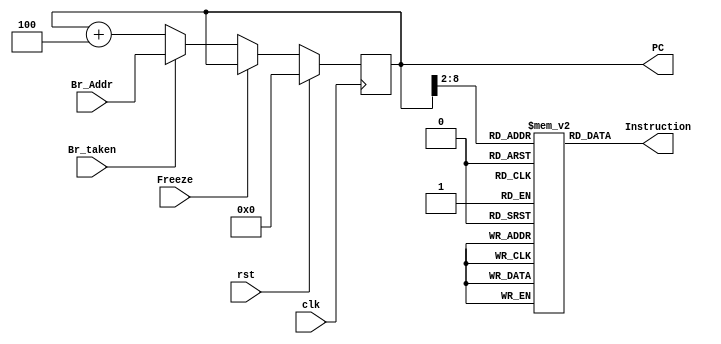
module IF_Stage(
	input clk,
	input rst,
	input Br_taken,
	input[31:0] Br_Addr,
	input Freeze,
	output[31:0] PC,
	output[31:0] Instruction
);

reg[31:0] pc;
reg[31:0] ROM[127:0];

initial begin
	ROM[0] <= 32'b10000000000000010000011000001010;
	ROM[1] <= 32'b00000100000000010001000000000000;
	ROM[2] <= 32'b00001100000000010001100000000000;
	ROM[3] <= 32'b00010100010000110010000000000000;
	ROM[4] <= 32'b10000100011001010001101000110100;
	ROM[5] <= 32'b00011000011001000010100000000000;
	ROM[6] <= 32'b00011100101000000011000000000000;
	ROM[7] <= 32'b00011100100000000101100000000000;
	ROM[8] <= 32'b00001100101001010010100000000000;
	ROM[9] <= 32'b10000000000000010000010000000000;
	ROM[10] <= 32'b10010100001000100000000000000000;
	ROM[11] <= 32'b10010000001001010000000000000000;
	ROM[12] <= 32'b10100000101000000000000000000001;
	ROM[13] <= 32'b00100000101000010011100000000000;
	ROM[14] <= 32'b00100000101000010000000000000000;
	ROM[15] <= 32'b00100100011010110011100000000000;
	ROM[16] <= 32'b00101000011010110100000000000000;
	ROM[17] <= 32'b00101100011001000100100000000000;
	ROM[18] <= 32'b00110000011001000101000000000000;
	ROM[19] <= 32'b10010100001000110000000000000100;
	ROM[20] <= 32'b10010100001001000000000000001000;
	ROM[21] <= 32'b10010100001001010000000000001100;
	ROM[22] <= 32'b10010100001001100000000000010000;
	ROM[23] <= 32'b10010000001010110000000000000100;
	ROM[24] <= 32'b10010100001001110000000000010100;
	ROM[25] <= 32'b10010100001010000000000000011000;
	ROM[26] <= 32'b10010100001010010000000000011100;
	ROM[27] <= 32'b10010100001010100000000000100000;
	ROM[28] <= 32'b10010100001010110000000000100100;
	ROM[29] <= 32'b10000000000000010000000000000011;
	ROM[30] <= 32'b10000000000001000000010000000000;
	ROM[31] <= 32'b10000000000000100000000000000000;
	ROM[32] <= 32'b10000000000000110000000000000001;
	ROM[33] <= 32'b10000000000010010000000000000010;
	ROM[34] <= 32'b00101000011010010100000000000000;
	ROM[35] <= 32'b00000100100010000100000000000000;
	ROM[36] <= 32'b10010001000001010000000000000000;
	ROM[37] <= 32'b10010001000001101111111111111100;
	ROM[38] <= 32'b00001100101001100100100000000000;
	ROM[39] <= 32'b10000000000010101000000000000000;
	ROM[40] <= 32'b10000000000010110000000000010000;
	ROM[41] <= 32'b00101001010010110101000000000000;
	ROM[42] <= 32'b00010101001010100100100000000000;
	ROM[43] <= 32'b10100001001000000000000000000010;
	ROM[44] <= 32'b10010101000001011111111111111100;
	ROM[45] <= 32'b10010101000001100000000000000000;
	ROM[46] <= 32'b10000000011000110000000000000001;
	ROM[47] <= 32'b10100100001000111111111111110001;
	ROM[48] <= 32'b10000000010000100000000000000001;
	ROM[49] <= 32'b10100100001000101111111111101110;
	ROM[50] <= 32'b10000000000000010000010000000000;
	ROM[51] <= 32'b10010000001000100000000000000000;
	ROM[52] <= 32'b10010000001000110000000000000100;
	ROM[53] <= 32'b10010000001001000000000000001000;
	ROM[54] <= 32'b10010000001001000000001000001000;
	ROM[55] <= 32'b10010000001001000000010000001000;
	ROM[56] <= 32'b10010000001001010000000000001100;
	ROM[57] <= 32'b10010000001001100000000000010000;
	ROM[58] <= 32'b10010000001001110000000000010100;
	ROM[59] <= 32'b10010000001010000000000000011000;
	ROM[60] <= 32'b10010000001010010000000000011100;
	ROM[61] <= 32'b10010000001010100000000000100000;
	ROM[62] <= 32'b10010000001010110000000000100100;
	ROM[63] <= 32'b10101000000000001111111111111111;
end

always @(posedge clk)begin
	if(rst) pc <= 32'b0;
	else if (Freeze == 0) pc <= Br_taken ? Br_Addr: pc + 32'd4;
end

assign PC = pc;
assign Instruction = ROM[PC[31:2]];

endmodule